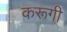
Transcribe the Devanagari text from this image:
करूगी